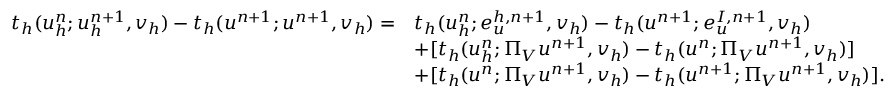
\begin{array} { r l } { t _ { h } ( u _ { h } ^ { n } ; \boldsymbol { u } _ { h } ^ { n + 1 } , \boldsymbol { v } _ { h } ) - t _ { h } ( u ^ { n + 1 } ; \boldsymbol { u } ^ { n + 1 } , \boldsymbol { v } _ { h } ) = } & { t _ { h } ( u _ { h } ^ { n } ; \boldsymbol { e } _ { u } ^ { h , n + 1 } , \boldsymbol { v } _ { h } ) - t _ { h } ( u ^ { n + 1 } ; \boldsymbol { e } _ { u } ^ { I , n + 1 } , \boldsymbol { v } _ { h } ) } \\ & { + [ t _ { h } ( u _ { h } ^ { n } ; \boldsymbol { \Pi } _ { V } u ^ { n + 1 } , \boldsymbol { v } _ { h } ) - t _ { h } ( u ^ { n } ; \boldsymbol { \Pi } _ { V } u ^ { n + 1 } , \boldsymbol { v } _ { h } ) ] } \\ & { + [ t _ { h } ( u ^ { n } ; \boldsymbol { \Pi } _ { V } u ^ { n + 1 } , \boldsymbol { v } _ { h } ) - t _ { h } ( u ^ { n + 1 } ; \boldsymbol { \Pi } _ { V } u ^ { n + 1 } , \boldsymbol { v } _ { h } ) ] . } \end{array}